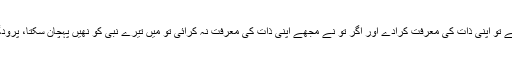
مجھے تو اپنی ذات کی معرفت کرادے اور اگر تو نے مجھے اپنی ذات کی معرفت نہ کرائی تو میں تیرے نبی کو نھیں پہچان سکتا، پرودگارا!